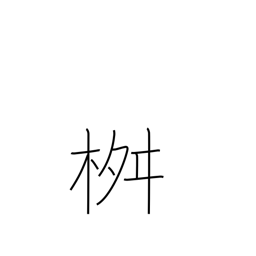
Meaning: measuring box